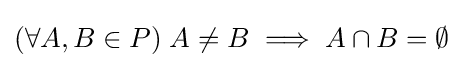
(\forall A,B\in P)\;A\neq B\implies A\cap B=\emptyset